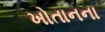
ખોતાનના